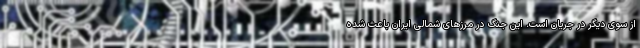
از سوی دیگر در جریان است. این جنگ در مرزهای شمالی ایران باعث شده